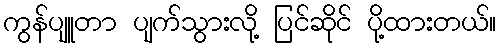
ကွန်ပျူတာ ပျက်သွားလို့ ပြင်ဆိုင် ပို့ထားတယ်။